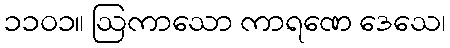
၁၁၀၁။ ဩကာသော ကာရဏေ ဒေသေ၊